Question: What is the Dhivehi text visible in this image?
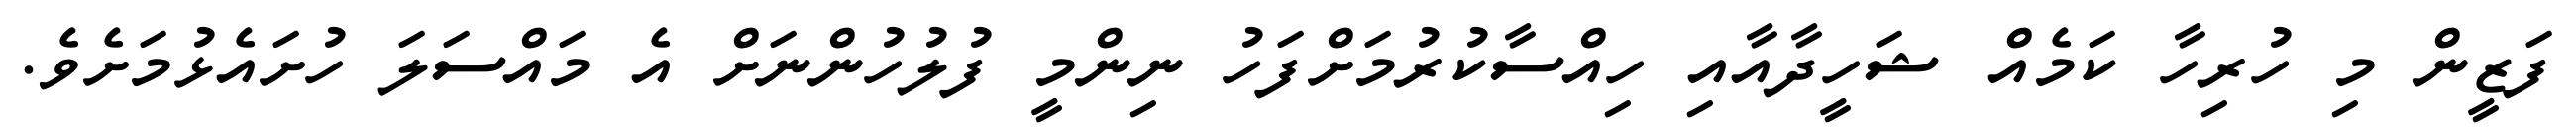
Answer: ފަޒީން މި ހުރިހާ ކަމެއް ޝަހީދާއާއި ހިއްސާކުރުމަށްފަހު ނިންމީ ފުލުހުންނަށް އެ މައްސަލަ ހުށައެޅުމަށެވެ.